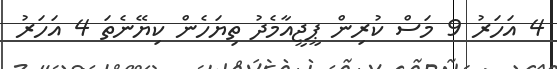
4 އަހަރު 9 މަސް ކުރިން ޕީޖީއާމެދު ތިޔަހެން ކިޔޭނެތަ 4 އަހަރު